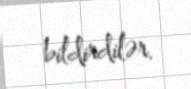
bildirdilər.